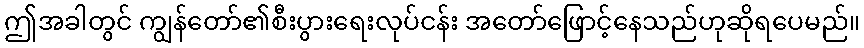
ဤအခါတွင် ကျွန်တော်၏စီးပွားရေးလုပ်ငန်း အတော်ဖြောင့်နေသည်ဟုဆိုရပေမည်။